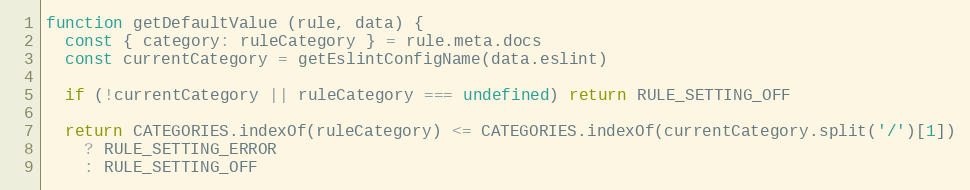
Language: JavaScript
function getDefaultValue (rule, data) {
  const { category: ruleCategory } = rule.meta.docs
  const currentCategory = getEslintConfigName(data.eslint)

  if (!currentCategory || ruleCategory === undefined) return RULE_SETTING_OFF

  return CATEGORIES.indexOf(ruleCategory) <= CATEGORIES.indexOf(currentCategory.split('/')[1])
    ? RULE_SETTING_ERROR
    : RULE_SETTING_OFF